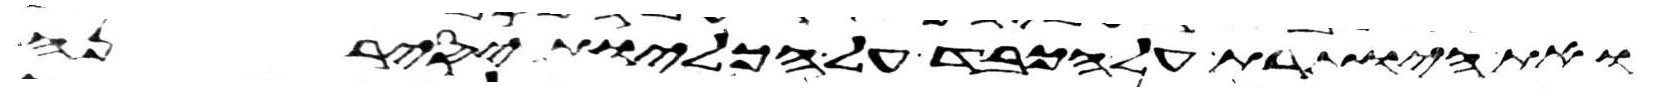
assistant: ואת היותרת על הכבד על הכליות יסירנה